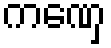
ကဏှေ